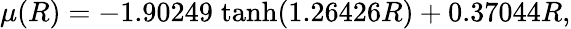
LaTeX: \mu(R)=-1.90249\; \mathrm{tanh}(1.26426R)+0.37044R,